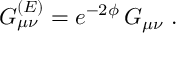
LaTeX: G _ { \mu \nu } ^ { ( E ) } = e ^ { - 2 \phi } \, G _ { \mu \nu } \ .